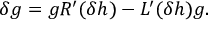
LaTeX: \delta g = g R ^ { \prime } ( \delta h ) - L ^ { \prime } ( \delta h ) g .